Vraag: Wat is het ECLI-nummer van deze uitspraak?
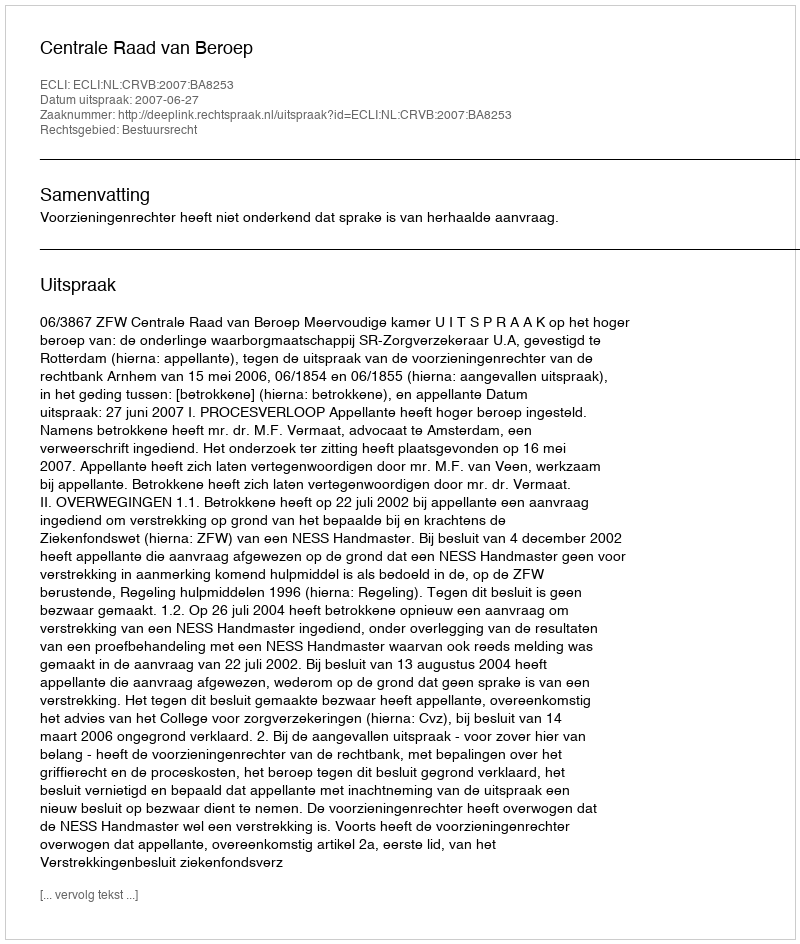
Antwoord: ECLI:NL:CRVB:2007:BA8253